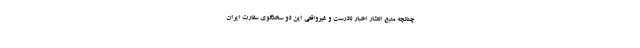
چنانچه منبع انتشار اخبار نادرست و غیرواقعی این دو سخنگوی سفارت ایران